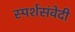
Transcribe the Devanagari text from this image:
स्पर्शसंवेदी